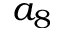
a _ { 8 }